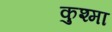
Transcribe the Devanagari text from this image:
कुश्‍मा